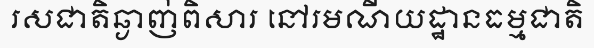
រសជាតិឆ្ងាញ់ពិសារ នៅរមណីយដ្ឋានធម្មជាតិ